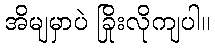
အိမျမှာပဲ ခြိုးလိုကျပါ။